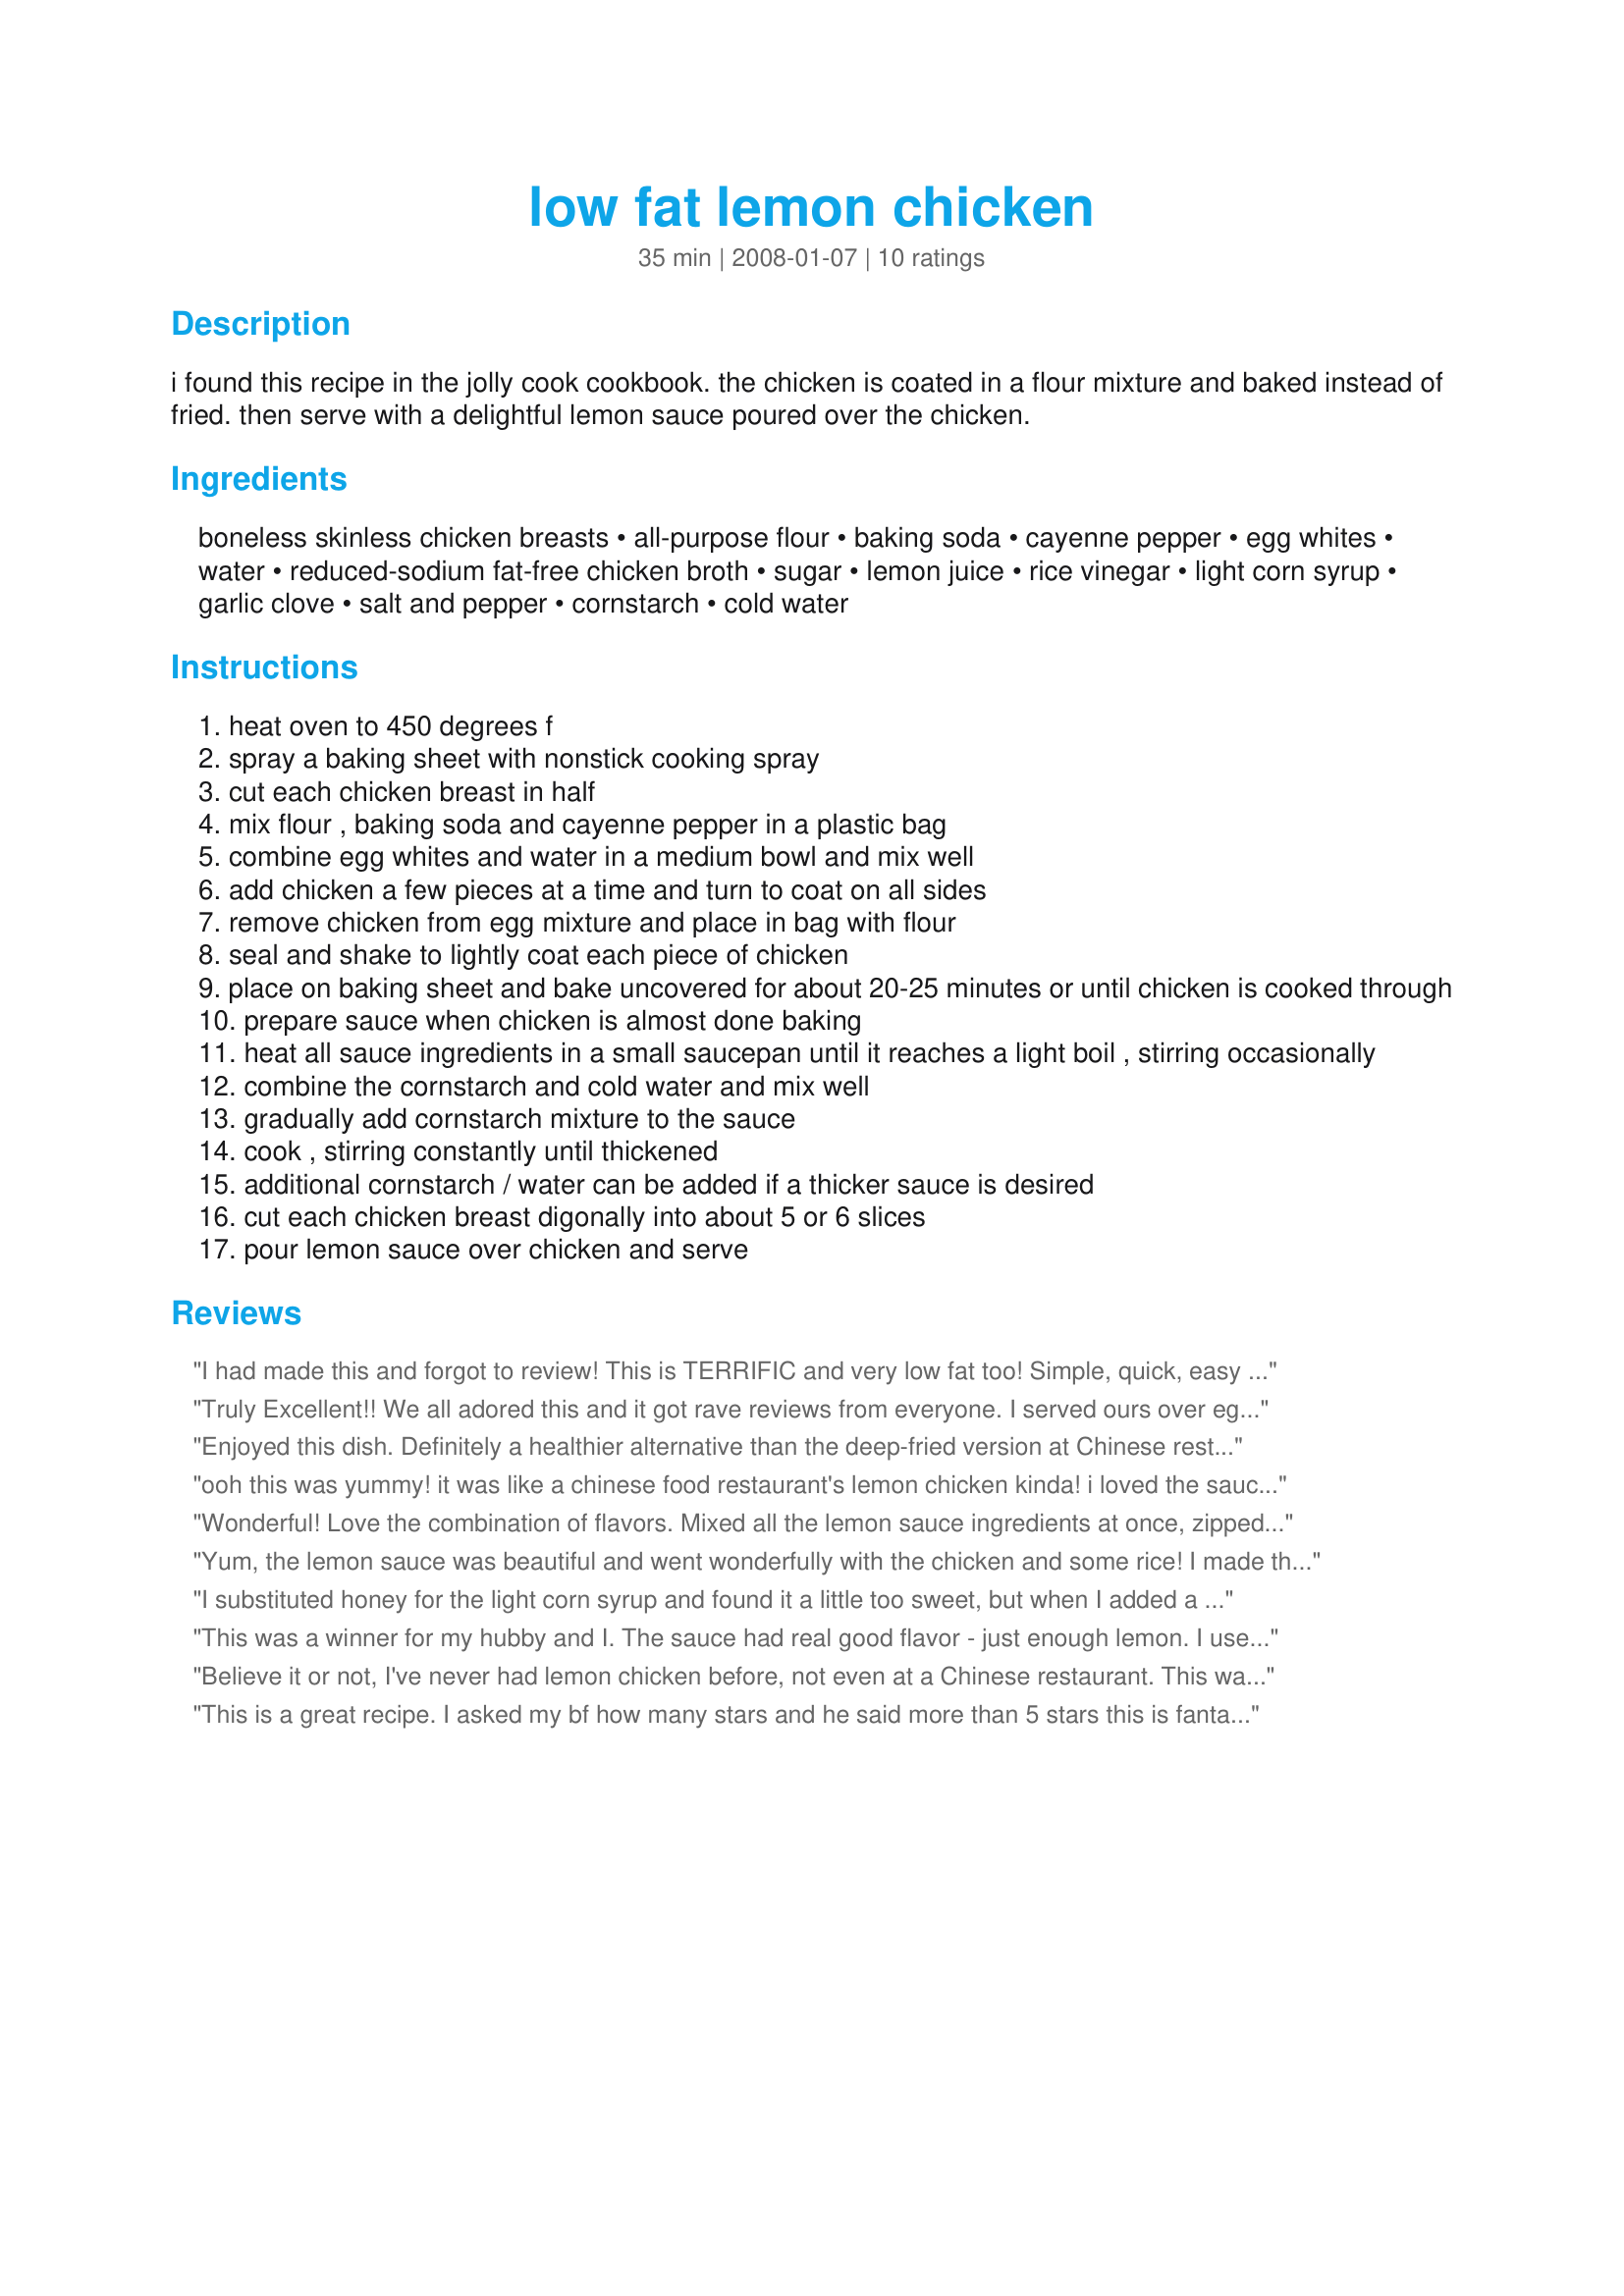
low fat lemon chicken
Preparation time: 35 minutes

i found this recipe in the jolly cook cookbook. the chicken is coated in a flour mixture and baked instead of fried. then serve with a delightful lemon sauce poured over the chicken.

Ingredients:
boneless skinless chicken breasts, all-purpose flour, baking soda, cayenne pepper, egg whites, water, reduced-sodium fat-free chicken broth, sugar, lemon juice, rice vinegar, light corn syrup, garlic clove, salt and pepper, cornstarch, cold water

Steps:
heat oven to 450 degrees f
spray a baking sheet with nonstick cooking spray
cut each chicken breast in half
mix flour , baking soda and cayenne pepper in a plastic bag
combine egg whites and water in a medium bowl and mix well
add chicken a few pieces at a time and turn to coat on all sides
remove chicken from egg mixture and place in bag with flour
seal and shake to lightly coat each piece of chicken
place on baking sheet and bake uncovered for about 20-25 minutes or until chicken is cooked through
prepare sauce when chicken is almost done baking
heat all sauce ingredients in a small saucepan until it reaches a light boil , stirring occasionally
combine the cornstarch and cold water and mix well
gradually add cornstarch mixture to the sauce
cook , stirring constantly until thickened
additional cornstarch / water can be added if a thicker sauce is desired
cut each chicken breast digonally into about 5 or 6 slices
pour lemon sauce over chicken and serve

Reviews:
I had made this and forgot to review!
This is TERRIFIC and very low fat too!
Simple, quick, easy to make,
No frying!!! All you do is bake!
THANKS!
Truly Excellent!! We all adored this and it got rave reviews from everyone. I served ours over egg fried rice for a perfect meal. I also made extra sauce as we love sauce and this sounded delicious and I am glad that I did as it was so yummy. I used a mix of honey and syrup as that is what I had on hand and it worked perfectly with the lemon, not overly sweet and still allowed the tartness of the lemon to come through. I loved the ease of baking this but would probably pan fry it next time to add colour to the chicken .I had to turn the grill on to brown as the chicken breasts stayed very uncoloured baking them. They did however come out very moist and it was only that aesthetically I prefer a bit of colour in the chicken for presentation. Apart from that this was a fantastic meal, that we will definitely be enjoying on a regular basis. Thanks for sharing Crafty Lady 13 a fabulous dinner that got a huge thumbs up in my house.
Enjoyed this dish. Definitely a healthier alternative than the deep-fried version at Chinese restaurants covered in gloppy super sweet sauce. I usually add more garlic, but in this case would omit it next time to let the light lemony flavor come through a bit more. Made as directed and would thicken a bit more next time. Thanks for sharing the recipe!
ooh this was yummy! it was like a chinese food restaurant's lemon chicken kinda! i loved the sauce! such good flavor!! i'll be posting a picture up soon! ;)
Wonderful! Love the combination of flavors. Mixed all the lemon sauce ingredients at once, zipped it in the microwave, then stirred quickly to thicken then added the splenda at the last mix to avoid any aftertaste from the heat. Sauce is perfect. Not too strong or lemony. We'll be having this again, Crafty Lady 13 and thank you for sharing :) Made for Aus Recipe Swap #26.
Yum, the lemon sauce was beautiful and went wonderfully with the chicken and some rice! I made the full amount of sauce with half the amount of chicken to serve two. The only change I made was to use a tablespoon of honey instead of the corn syrup which isn&#039;t widely available in Australia. Apart from the low-fat aspect the method was a great taste compromise between no batter at all and the thick coating you often get at Chinese takeouts.
I substituted honey for the light corn syrup and found it a little too sweet, but when I added a tsp of soy sauce to it, my family thought they were in heaven. I will definitely be making this again!!
This was a winner for my hubby and I. The sauce had real good flavor - just enough lemon. I used whole wheat flour in place of regular flour and the cornstarch (we're doing SB) and doubled the lemon sauce to server over brown rice. It was nice and easy to boot! thanks for posting, it's definitely a keeper.
Believe it or not, I've never had lemon chicken before, not even at a Chinese restaurant. This was very nice. The sauce had a nice light tasting lemon flavor as stated. Appreciated the fact that it was baked. Always looking for ways to make fried foods less unhealthy but at the same time retaining the way it's supposed to taste. My husband said this did. :)
This is a great recipe. I asked my bf how many stars and he said more than 5 stars this is fantastic better than from the chinese takeaway. So I was chuffed 
Thanks for the great recipe crafly lady 
made for CUPID'S CHOICE BEVY TAG feb 08
